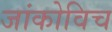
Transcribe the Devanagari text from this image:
जांकोविच